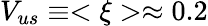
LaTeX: V_{us}\equiv<\xi>\approx 0.2